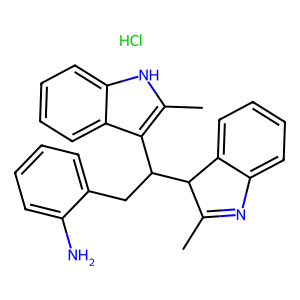
SMILES: CC1=Nc2ccccc2C1C(Cc1ccccc1N)c1c(C)[nH]c2ccccc12.Cl
Inhibits HIV replication: No